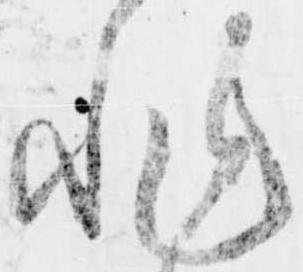
非